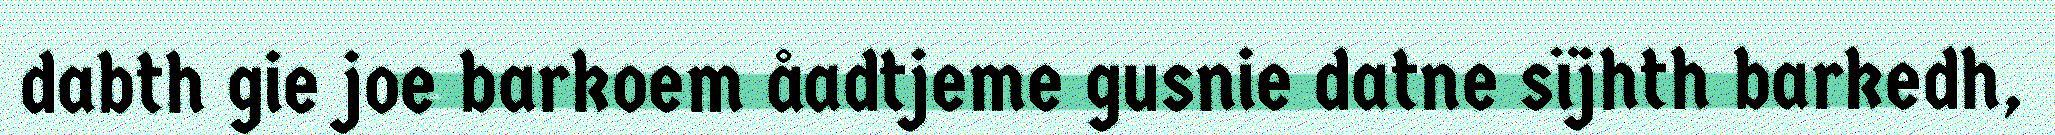
dabth gie joe barkoem åadtjeme gusnie datne sïjhth barkedh,